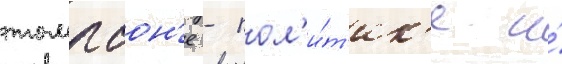
томпсон'е - пол'и́т'ик'е и́